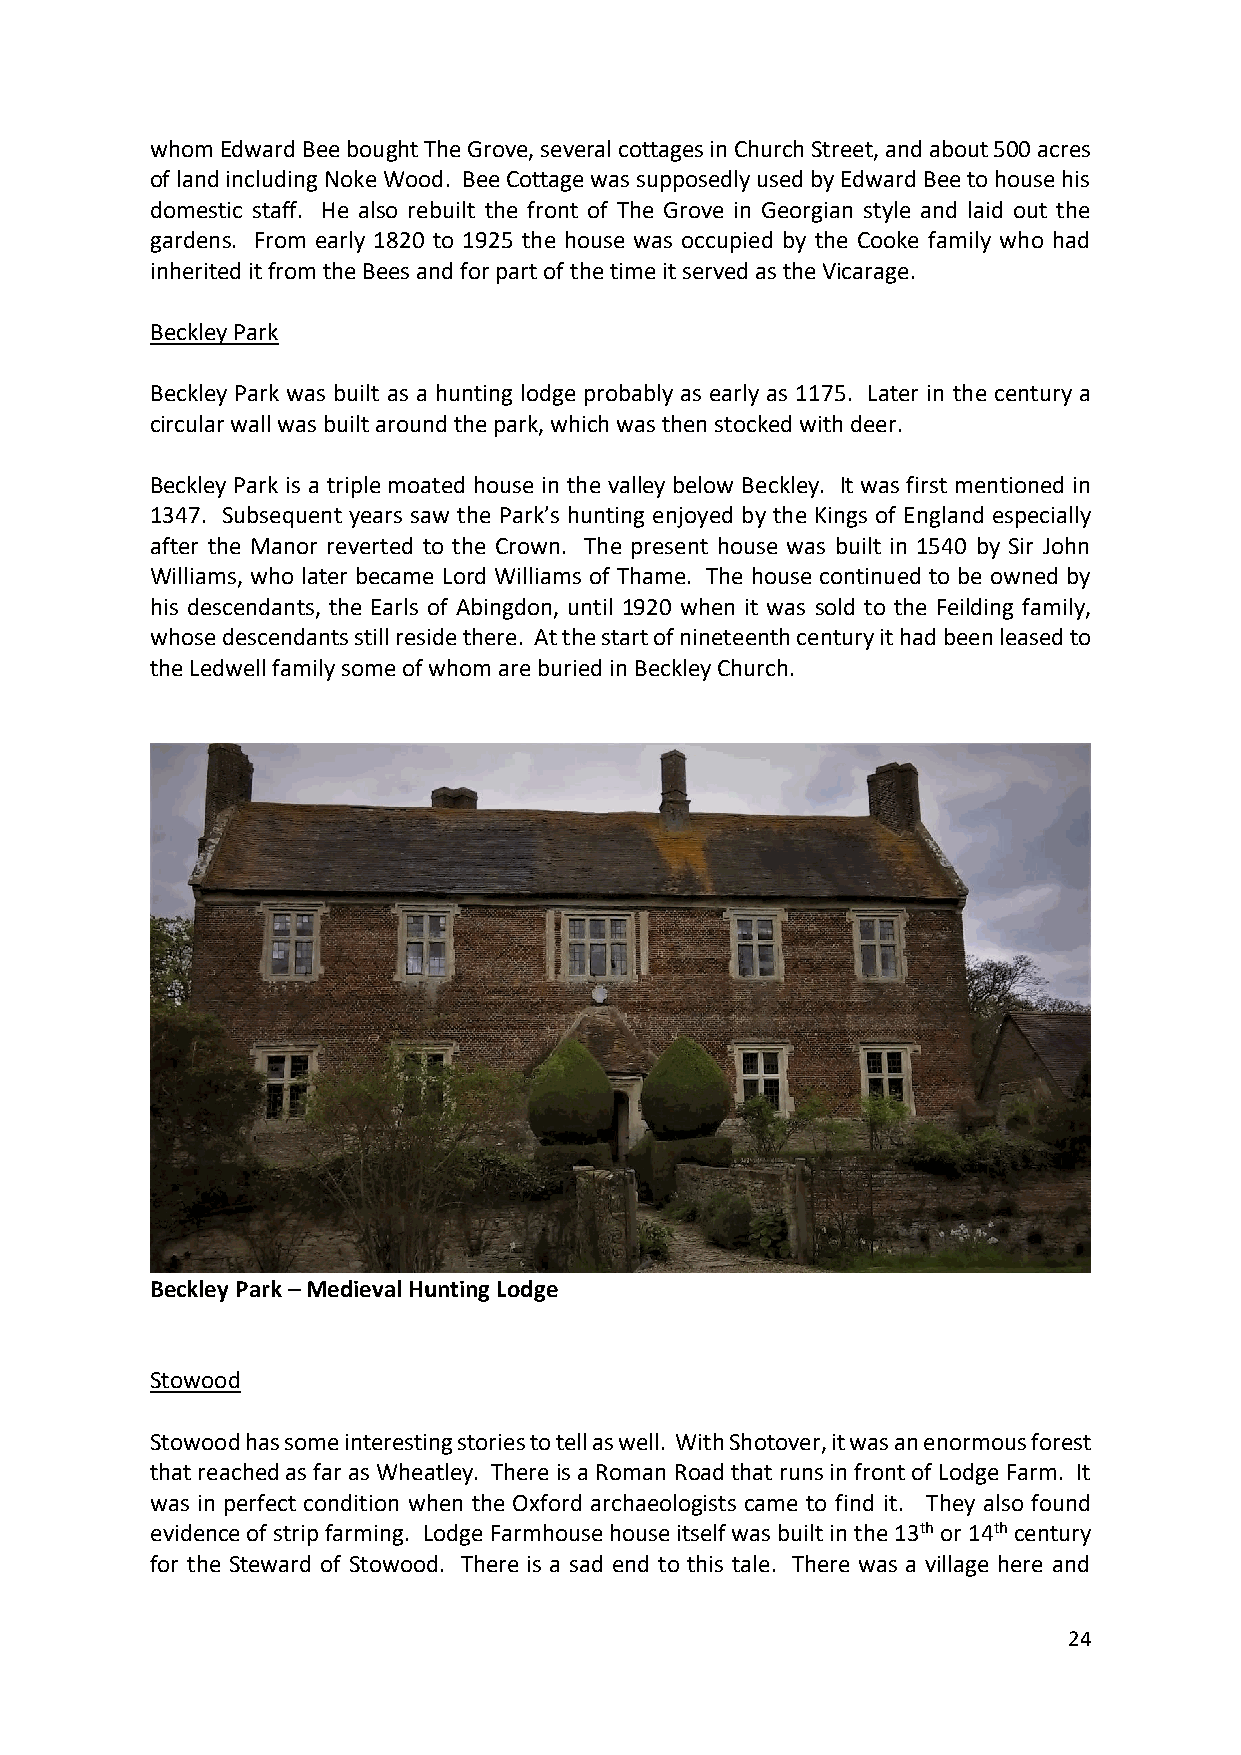
whom Edward Bee bought The Grove, several cottages in Church Street, and about 500 acres
 of land including Noke Wood. Bee Cottage was supposedly used by Edward Bee to house his
 domestic staff. He also rebuilt the front of The Grove in Georgian style and laid out the
 gardens. From early 1820 to 1925 the house was occupied by the Cooke family who had
 inherited it from the Bees and for part of the time it served as the Vicarage.
 Beckley Park
 Beckley Park was built as a hunting lodge probably as early as 1175. Later in the century a
 circular wall was built around the park, which was then stocked with deer.
 Beckley Park is a triple moated house in the valley below Beckley. It was first mentioned in
 1347. Subsequent years saw the Park’s hunting enjoyed by the Kings of England especially
 after the Manor reverted to the Crown. The present house was built in 1540 by Sir John
 Williams, who later became Lord Williams of Thame. The house continued to be owned by
 his descendants, the Earls of Abingdon, until 1920 when it was sold to the Feilding family,
 whose descendants still reside there. At the start of nineteenth century it had been leased to
 the Ledwell family some of whom are buried in Beckley Church.
 Beckley Park – Medieval Hunting Lodge
 Stowood
 Stowood has some interesting stories to tell as well. With Shotover, it was an enormous forest
 that reached as far as Wheatley. There is a Roman Road that runs in front of Lodge Farm. It
 was in perfect condition when the Oxford archaeologists came to find it. They also found
 evidence of strip farming. Lodge Farmhouse house itself was built in the 13th or 14th century
 for the Steward of Stowood. There is a sad end to this tale. There was a village here and
 24